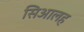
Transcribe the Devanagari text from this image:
सिआलह